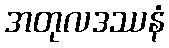
အတုလဒဿနံ